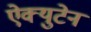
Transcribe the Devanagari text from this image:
ऐक्युटेन